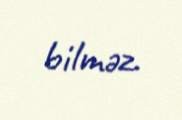
bilməz.